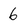
Character: 6